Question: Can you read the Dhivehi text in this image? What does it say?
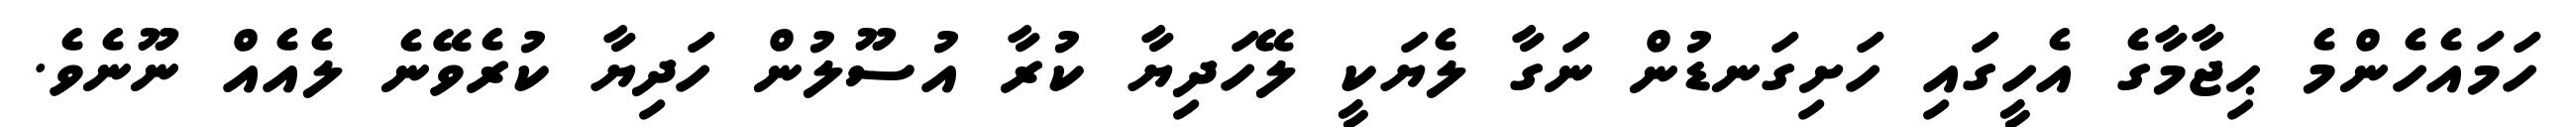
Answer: ހަމައެހެންމެ ޙިޖާމާގެ އެހީގައި ހަށިގަނޑުން ނަގާ ލެޔަކީ ލޭހަދިޔާ ކުރާ އުސޫލުން ހަދިޔާ ކުރެވޭނެ ލެއެއް ނޫނެވެ.